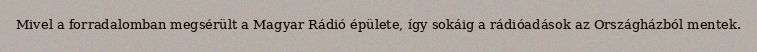
Mivel a forradalomban megsérült a Magyar Rádió épülete, így sokáig a rádióadások az Országházból mentek.